Scottish Certificate of Education, 1962
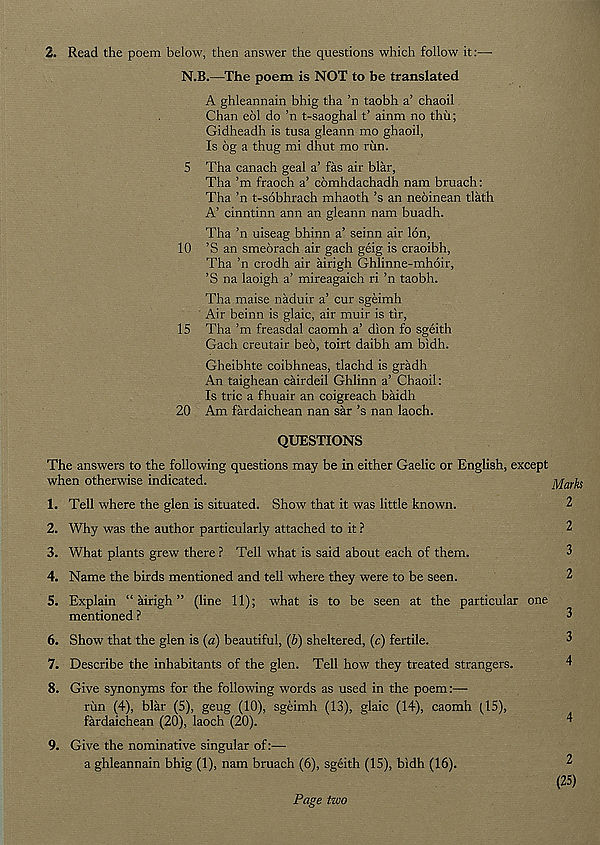
2. Read the poem below, then answer the questions which follow it:—
N.B.—The poem is NOT to be translated
A ghleannain bhig tha ’n taobh a’ chaoil
Chan eol do ’n t-saoghal t’ ainm no thii;
Gidheadh is tusa gleann mo ghaoil,
Is 6g a thug mi dhut mo run.
5 Tha canach geal a’ fas air blar,
Tha’m fraoch a’ comhdachadh nam bruach:
Tha ’n t-sobhrach mhaoth’s an neoinean tlath
A’ cinntinn ann an gleann nam buadh.
Tha ’n uiseag bhinn a’ seinn air Ion,
10 ’S an smeorach air gach geig is craoibh,
Tha ’n crodh air airigh Ghlinne-mhoir,
’S na laoigh a’ mireagaich ri ’n taobh.
Tha maise naduir a’ cur sgeimh
Air beinn is glaic, air muir is tir,
15 Tha ’m freasdal caomh a’ dion fo sgeith
Gach creutair bed, toirt daibh am bidh.
Gheibhte coibhneas, tlachd is gradh
An taighean cairdeil Ghlinn a’ Chaoil:
Is trie a fhuair an coigreach baidh
20 Am fardaichean nan sar’s nan laoch.
QUESTIONS
The answers to the following questions may be in either Gaelic or English, except
when otherwise indicated.
1. Tell where the glen is situated. Show that it was little known.
2. Why was the author particularly attached to it ?
3. What plants grew there ? Tell what is said about each of them.
4. Name the birds mentioned and tell where they were to be seen.
5. Explain “airigh” (line 11); what is to be seen at the particular one
mentioned ?
6. Show that the glen is (a) beautiful, (b) sheltered, (c) fertile.
7. Describe the inhabitants of the glen. Tell how they treated strangers.
8. Give synonyms for the following words as used in the poem:—
rim (4), blar (5), geug (10), sgeimh (13), glaic (14), caomh (15),
fardaichean (20), laoch (20).
9. Give the nominative singular of:—
a ghleannain bhig (1), nam bruach (6), sgeith (15), bidh (16).
Marks
2
2
3
2
3
3
4
4
2
(25)
Page two